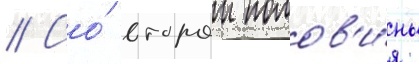
// Со́ второи полов'и́ны